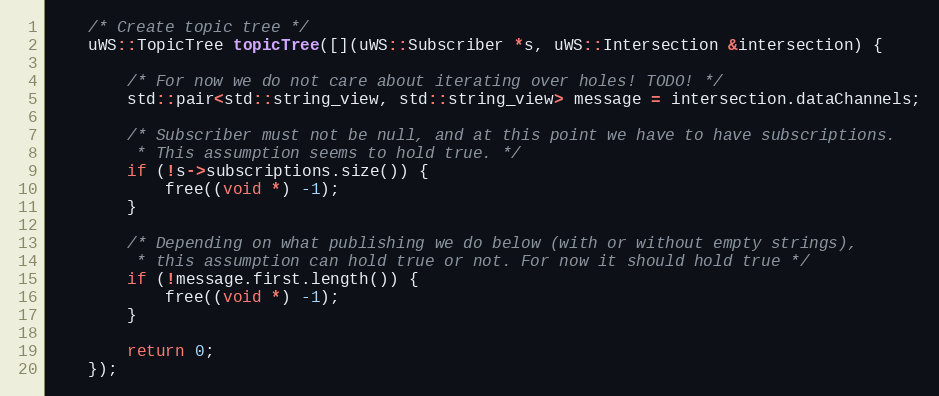
Language: C++
    /* Create topic tree */
    uWS::TopicTree topicTree([](uWS::Subscriber *s, uWS::Intersection &intersection) {

        /* For now we do not care about iterating over holes! TODO! */
        std::pair<std::string_view, std::string_view> message = intersection.dataChannels;

        /* Subscriber must not be null, and at this point we have to have subscriptions.
         * This assumption seems to hold true. */
        if (!s->subscriptions.size()) {
            free((void *) -1);
        }

        /* Depending on what publishing we do below (with or without empty strings),
         * this assumption can hold true or not. For now it should hold true */
        if (!message.first.length()) {
            free((void *) -1);
        }

        return 0;
    });